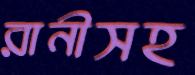
রানীসহ